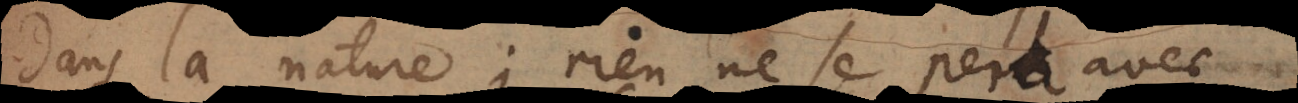
dans la nature; rien ne se perd avec